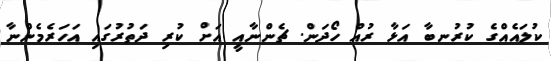
ކުލައެއްގެ ކުރުނބާ އަޅާ ރުއް ހޯދަން. ޗެންނާއީ އަށް ކުރި ދަތުރުގައި އަހަރެމެންނާ